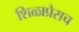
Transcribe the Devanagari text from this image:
शिळाप्रेसच